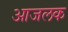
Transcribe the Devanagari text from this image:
आजलक